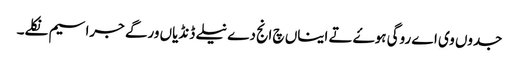
جدوں وی اے روگی ہوۓ تے ایناں چ انج دے نیلے ڈنڈیاں ورگے جراسیم نکلے۔